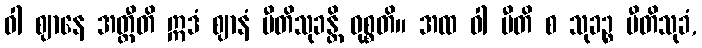
ဝါ ဈာနေ အတ္ထီတိ ဣဒံ ဈာနံ ပီတိသုခန္တိ ဝုစ္စတိ။ အထ ဝါ ပီတိ စ သုခဉ္စ ပီတိသုခံ,